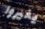
يغيروا